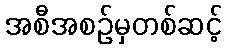
အစီအစဉ်မှတစ်ဆင့်